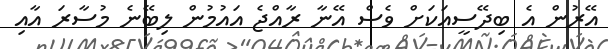
އޭރުން އެ ބިދޭސީއަކަށް ވެސް އޭނާ ރާއްޖެ އައުމުން ލިބޭނެ މުސާރަ އާއި